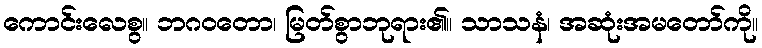
ကောင်းလေစွ။ ဘဂဝတော၊ မြတ်စွာဘုရား၏။ သာသနံ၊ အဆုံးအမတော်ကို။